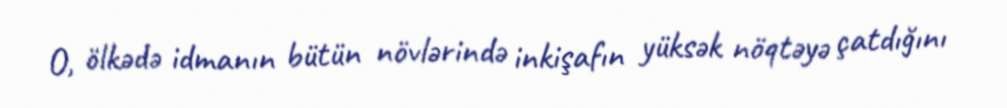
O, ölkədə idmanın bütün növlərində inkişafın yüksək nöqtəyə çatdığını